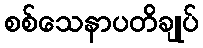
စစ်သေနာပတိချုပ်